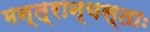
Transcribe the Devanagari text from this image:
मन्त्रान्यस्ताः